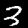
Label: 3